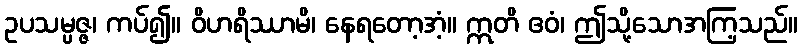
ဥပသမ္ပဇ္ဇ၊ ကပ်၍။ ဝိဟရိဿာမိ၊ နေရတော့အံ့။ ဣတိ ဧဝံ၊ ဤသို့သောအကြ့သည်။